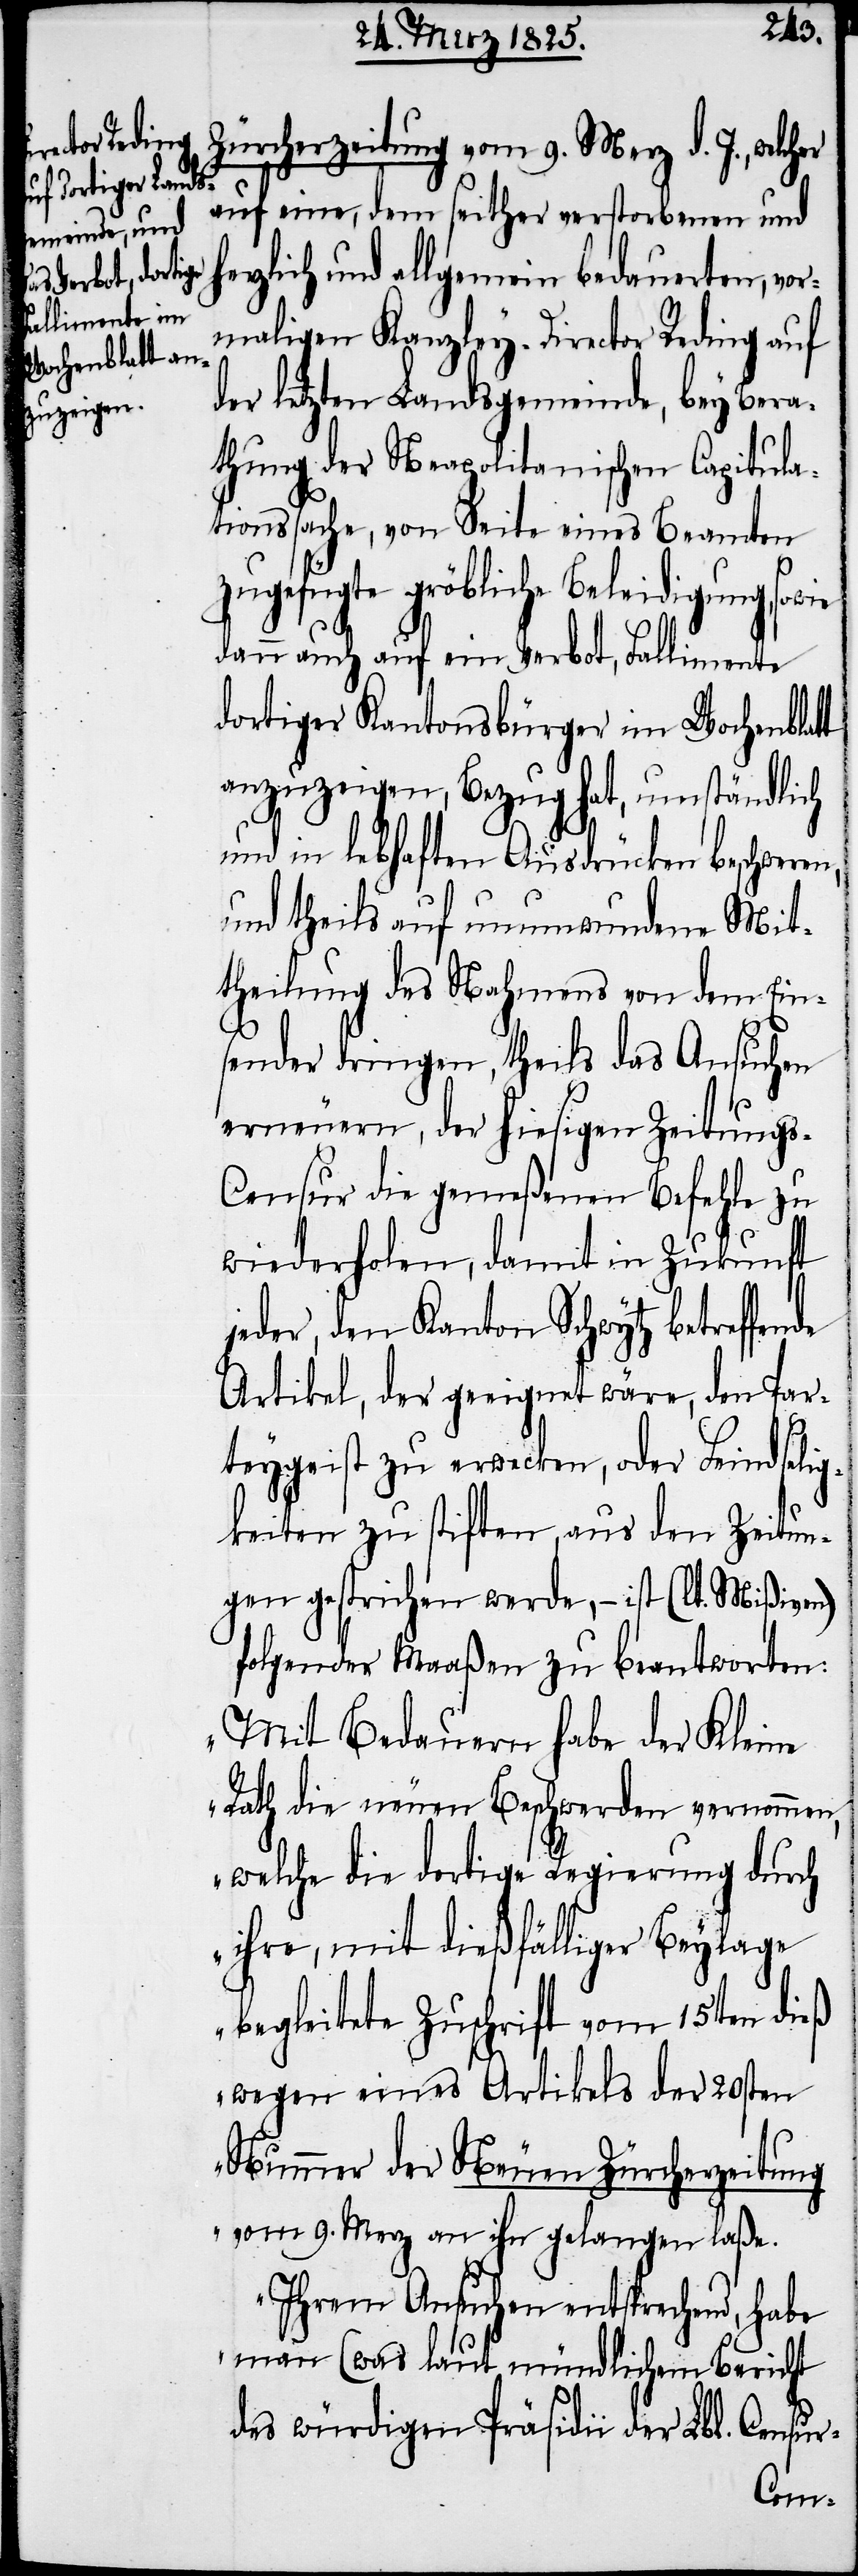
Zürcherzeitung vom 9. Merz d. J., welcher
auf eine, dem seither verstorbenen und
rzlich und allgemein bedauerten, vo¬
rmaligen Kanzley-Director Reding auf
der letzten Landsgemeinde, bey Bera¬
thung der Neapolitanischen Capitula¬
tionssache, von Seite eines Beamten
gefügte gröbliche Beleidigung,
dann auch auf ein Verbot, Fallimente
dortiger Kantonsbürger im Wochenblatt
anzuzeigen, Bezug hat, umständlich
und in lebhaften Ausdrücken beschweren,
und theils auf unumwundene Mit¬
theilung des Nahmens von dem Ein¬
sender dringen, theils das Ansuchen
erneuern, der hiesigen Zeitung¬
s-Censur die gemeßenen Befehle zu
wiederholen, damit in Zukunft
jeder, den Kanton Schwytz betreffen¬
Artikel, der geeignet wäre, den Par¬
teygeist zu erwecken, oder Feindselig¬
keiten zu stillen, aus den Zeitun¬
gen gestrichen werde, − ist (lt. Mißiven)
folgender Maaßen zu beantworten:
„Mit Bedauern habe der Kleine
Rath die neuen Beschwerden vernommen,
welche die dortige Regierung durch
ihre, mit dießfälliger Beylage
begleitete Zuschrift vom 15ten dieß
wegen eines Artikels der 20sten
Nummer der Neuen Zürcherzeitung
vom 9. Merz an ihn gelangen laße.
Ihrem Ansuchen entsprechend, habe
man (was laut mündlichem Bericht
des würdigen Präsidii der Lbl. Censur-
de